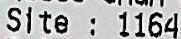
SITE: 1164